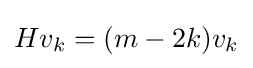
Hv_{k}=(m-2k)v_{k}